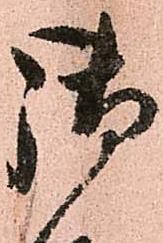
御